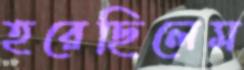
হরেছিলেম